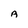
Character: A